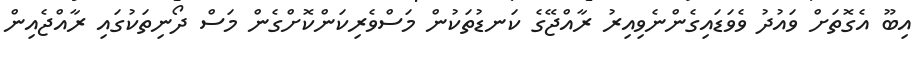
އިބޫ އެގޮތަށް ވައުދު ވެވަޑައިގެންނެވިއިރު ރާއްޖޭގެ ކަނޑުތަކުން މަސްވެރިކަންކޮށްގެން މަސް ދޯނިތަކުގައި ރާއްޖެއިން